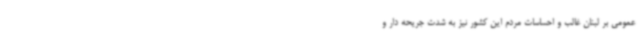
عمومی بر لبنان غالب و احساسات مردم این کشور نیز به شدت جریحه دار و